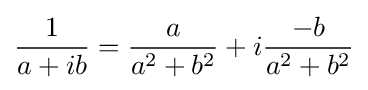
{\frac {1}{a+ib}}={\frac {a}{a^{2}+b^{2}}}+i{\frac {-b}{a^{2}+b^{2}}}